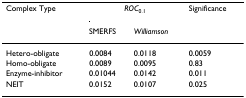
| Complex Type | <COLSPAN=2> ROC0.1 | Significance |
 |  | SMERFS | Williamson |  |
 | --- | --- | --- | --- |
 | Hetero-obligate | 0.0084 | 0.0118 | 0.0059 |
 | Homo-obligate | 0.0089 | 0.0095 | 0.83 |
 | Enzyme-inhibitor | 0.01044 | 0.0142 | 0.011 |
 | NEIT | 0.0152 | 0.0107 | 0.025 |